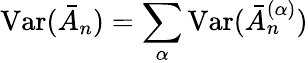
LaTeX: \mathrm{Var}(\bar{A}_{n})=\sum_{\alpha}\mathrm{Var}(\bar{A}_{n}^{(\alpha)})